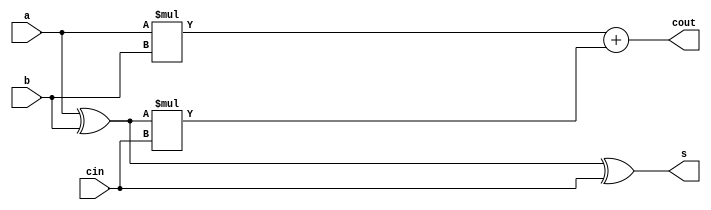
module full_adder(
    input a,b,cin,
    output s,cout
);
assign cout = (a*b) + (a^b)*cin;
assign s = a^b^cin;
endmodule

module full_adder_Nbit_csa
#(parameter width = 4)
(
    input [width-1 :0] a_n,
    input [width-1:0] b_n,
    input cin,
    output [width-1:0] s_n,
    output cout
);
genvar i;
wire [width:0] temp0;
wire [width:0] temp1;
wire [width-1:0] s_n0;
wire [width-1:0] s_n1;
assign temp1[0] = 1;
assign temp0[0] = 0;

//cin
generate
    for (i = 0;i< width;i = i+1) begin :BLOCK1
        full_adder full_adder0(.a(a_n[i]),.b(b_n[i]),.cin(temp0[i]),.s(s_n0[i]),.cout(temp0[i+1]));
        full_adder full_adder1(.a(a_n[i]),.b(b_n[i]),.cin(temp1[i]),.s(s_n1[i]),.cout(temp1[i+1]));
    end
endgenerate
//cin
assign s_n = cin ?s_n1:s_n0;
assign cout =cin ?temp1[width]:temp0[width];
endmodule